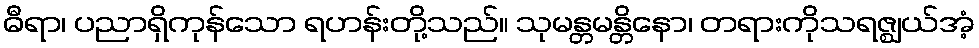
ဓီရာ၊ ပညာရှိကုန်သော ရဟန်းတို့သည်။ သုမန္တမန္တိနော၊ တရားကိုသရဇ္ဈယ်အံ့